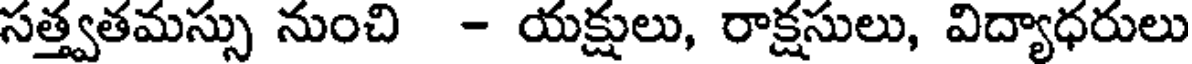
సత్త్వతమస్సు నుంచి - యక్షులు, రాక్షసులు, విద్యాధరులు